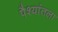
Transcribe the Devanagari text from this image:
पैश्‍यांतला